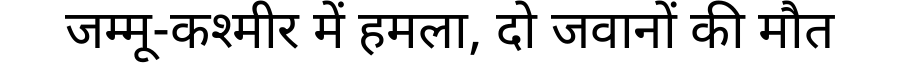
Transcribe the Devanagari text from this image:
जम्मू-कश्मीर में हमला, दो जवानों की मौत